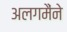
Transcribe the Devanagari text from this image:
अलगमैंने